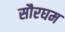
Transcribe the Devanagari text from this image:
सौरघम